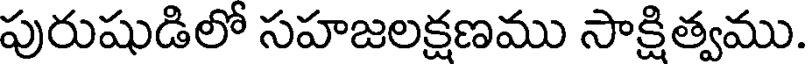
పురుషుడిలో సహజలక్షణము సాక్షిత్వము.